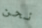
نحن